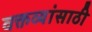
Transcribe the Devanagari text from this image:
वक्तव्यांसाठी